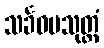
သင်္ခဓမသုတ္တံ